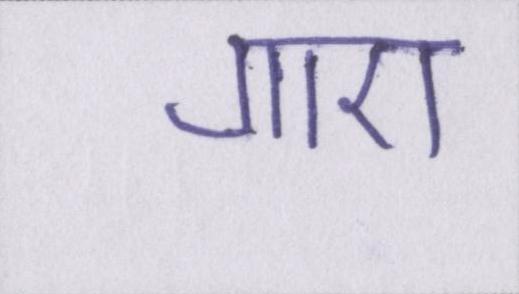
गाए